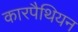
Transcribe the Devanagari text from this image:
कारपैथियन